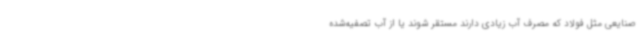
صنایعی مثل فولاد که مصرف آب زیادی دارند مستقر شوند یا از آب تصفیه‌شده